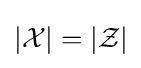
|{\mathcal {X}}|=|{\mathcal {Z}}|